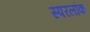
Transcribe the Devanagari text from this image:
स्परलॉक